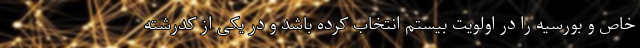
خاص و بورسیه را در اولویت بیستم انتخاب کرده باشد و در یکی از کدرشته